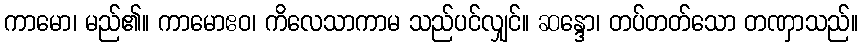
ကာမော၊ မည်၏။ ကာမောဧဝ၊ ကိလေသာကာမ သည်ပင်လျှင်။ ဆန္ဒော၊ တပ်တတ်သော တဏှာသည်။